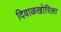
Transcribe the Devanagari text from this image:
दिवाळखोरिला